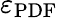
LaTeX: \varepsilon_{\mathrm{PDF}}